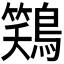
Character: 𫛎